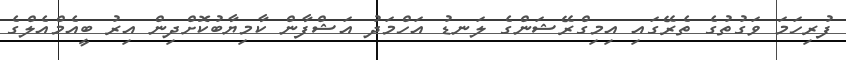
ފުރިހަމަ ވަގުތުގެ ތެރޭގައި އިމިގްރޭޝަންގެ ލަނޑު އަހްމަދު އަޝްފާން ކާމިޔާބުކޮށްދިން އިރު ބީއެމްއެލްގެ